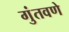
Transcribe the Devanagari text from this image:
गुंतवणे